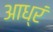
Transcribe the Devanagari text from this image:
आध्रं